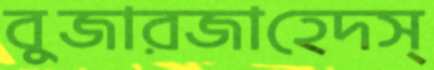
বুজারজাহেদস্